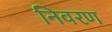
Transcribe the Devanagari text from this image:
निवरण